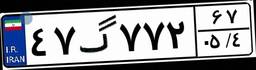
۰۶گ۴۱۱۴۷